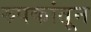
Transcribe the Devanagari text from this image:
रुपकांतून